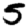
Digit: 5